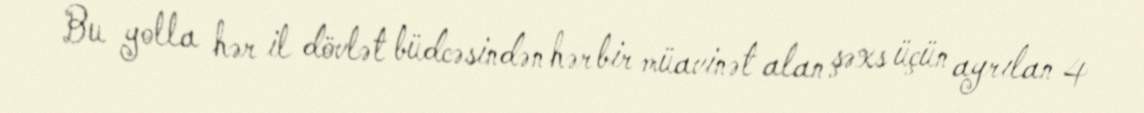
Bu yolla hər il dövlət büdcəsindən hər bir müavinət alan şəxs üçün ayrılan 4